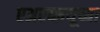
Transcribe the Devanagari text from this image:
एअरब्लयूच्या